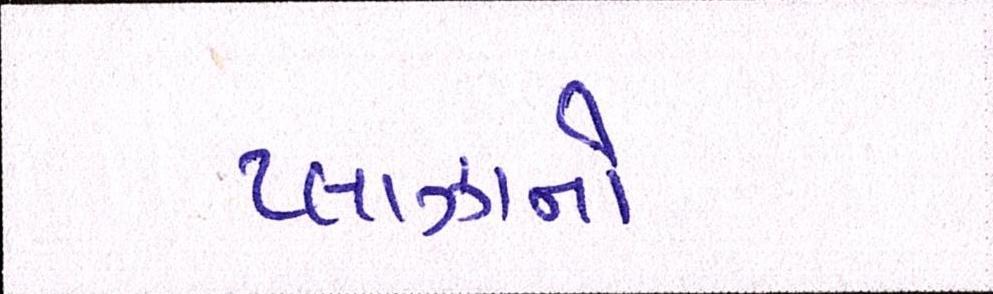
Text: પ્લાઝાનો